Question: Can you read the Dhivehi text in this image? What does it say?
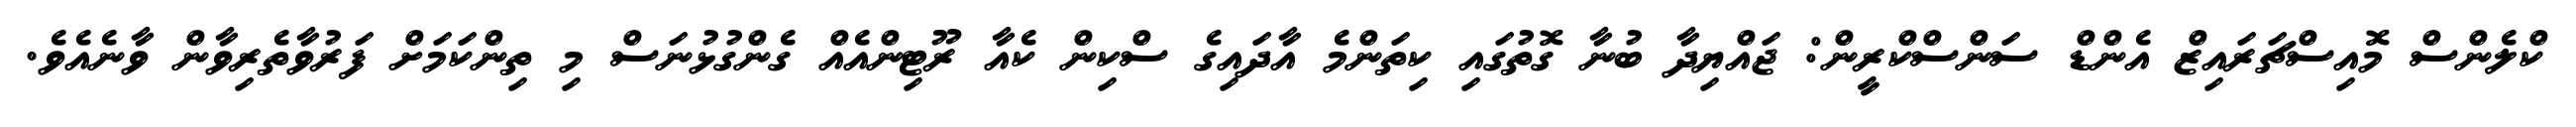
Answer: ކްލެންސް މޮއިސްޗަރައިޒް އެންޑް ސަންސްކްރީން: ޖައްޔިދާ ބުނާ ގޮތުގައި ކިތަންމެ އާދައިގެ ސްކިން ކެއާ ރޫޓިންއެއް ގެންގުޅުނަސް މި ތިންކަމަށް ފަރުވާތެރިވާން ވާނެއެވެ.